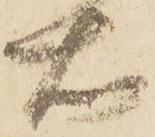
右